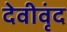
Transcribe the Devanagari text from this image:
देवीवृंद